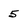
Character: 5